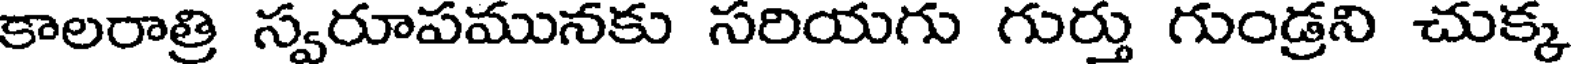
కాలరాత్రి స్వరూపమునకు సరియగు గుర్తు గుండ్రని చుక్క